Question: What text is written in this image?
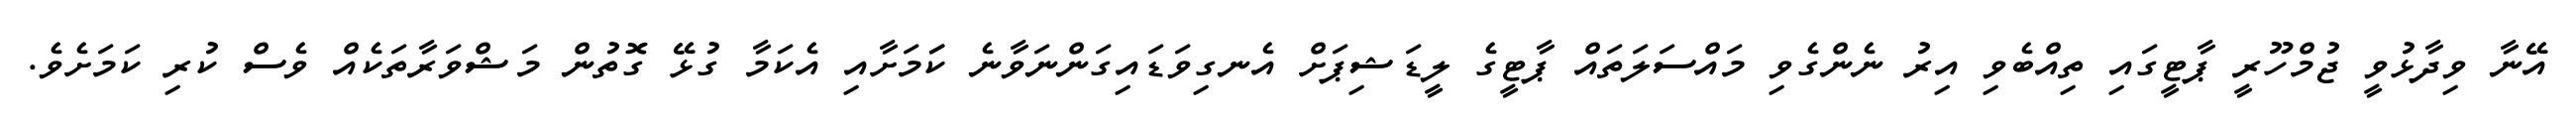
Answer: އޭނާ ވިދާޅުވީ ޖުމްހޫރީ ޕާޓީގައި ތިއްބެވި އިރު ނެންގެވި މައްސަލަތައް ޕާޓީގެ ލީޑަޝިޕަށް އެނގިވަޑައިގަންނަވާނެ ކަަމަށާއި އެކަމާ ގުޅޭ ގޮތުން މަޝްވަރާތަކެއް ވެސް ކުރި ކަމަށެވެ.